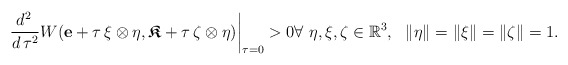
\begin{align*}\frac{d^2\, }{d\, \tau^2}W(\mathbf{e} + \tau \, \xi \otimes \eta, \boldsymbol{\mathfrak{K}} + \tau \, \zeta\otimes \eta)\bigg|_{\tau=0}>0 \forall\ \eta, \xi, \zeta \in \mathbb{R}^3, \ \ \lVert \eta\rVert=\lVert \xi\rVert=\lVert \zeta\rVert=1.\end{align*}